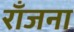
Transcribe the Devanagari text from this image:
राँजना